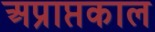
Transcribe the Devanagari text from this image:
अप्राप्तकाल